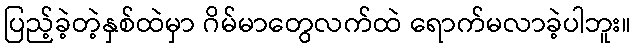
ပြည့်ခဲ့တဲ့နှစ်ထဲမှာ ဂိမ်မာတွေလက်ထဲ ရောက်မလာခဲ့ပါဘူး။